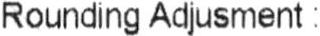
ROUNDING ADJUSMENT :